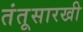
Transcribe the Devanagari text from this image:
तंतूसारखी